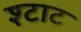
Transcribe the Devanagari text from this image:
श्टाट